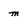
Character: m